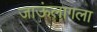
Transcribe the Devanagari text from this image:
जाऊंलागला